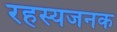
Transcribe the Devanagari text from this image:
रहस्यजनक